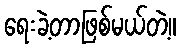
ရေးခဲ့တာဖြစ်မယ်တဲ့။